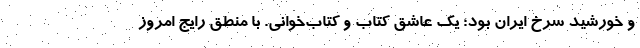
و خورشید سرخ ایران بود؛ یک عاشق کتاب و کتاب‌خوانی. با منطق رایج امروز